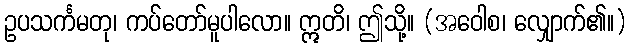
ဥပသင်္ကမတု၊ ကပ်တော်မူပါလော။ ဣတိ၊ ဤသို့။ (အဝေါစ၊ လျှောက်၏။)